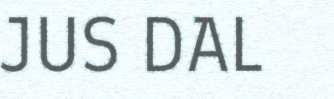
JUS DAL